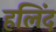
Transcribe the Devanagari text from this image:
हलिंद